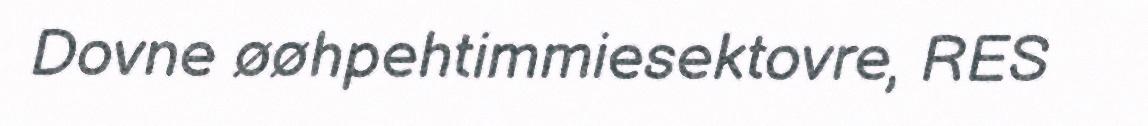
Dovne øøhpehtimmiesektovre, RES